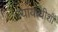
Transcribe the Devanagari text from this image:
न्यायाधीशॉ